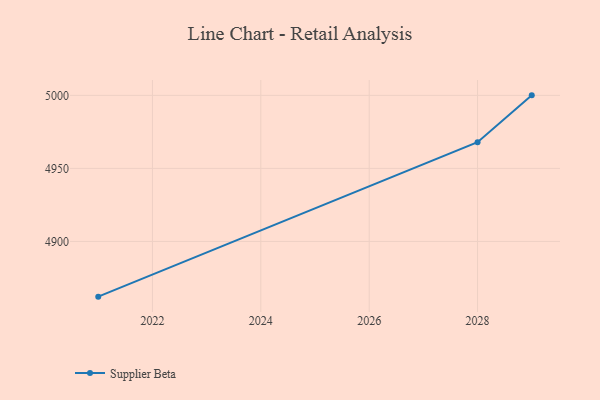
{"axis": {"x": "Year", "y": "Demand Index"}, "legend": ["Supplier Beta"], "data": [{"x": "2021", "y": 4862.2, "type": "Supplier Beta"}, {"x": "2028", "y": 4967.9, "type": "Supplier Beta"}, {"x": "2029", "y": 5000, "type": "Supplier Beta"}]}